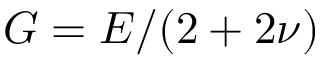
{ G = E / ( 2 + 2 \nu ) }